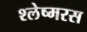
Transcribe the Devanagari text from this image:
श्लेष्मरस